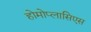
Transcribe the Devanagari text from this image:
होमोप्लासिएस